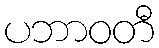
ပဘာဝတီ